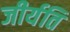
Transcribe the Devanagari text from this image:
जीर्यति